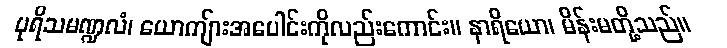
ပုရိသမဏ္ဍလံ၊ ယောကျ်ားအပေါင်းကိုလည်းကောင်း။ နာရိယော၊ မိန်းမတို့သည်။